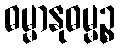
ဓမ္မာနုဓမ္မဉ္စ